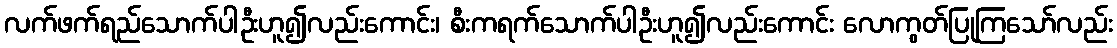
လက်ဖက်ရည်သောက်ပါဦးဟူ၍လည်းကောင်း၊ စီးကရက်သောက်ပါဦးဟူ၍လည်းကောင်း လောကွတ်ပြုကြသော်လည်း